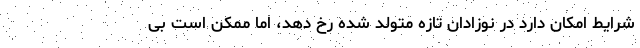
شرایط امکان دارد در نوزادان تازه متولد شده رخ دهد، اما ممکن است بی